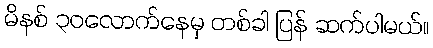
မိနစ် ၃၀လောက်နေမှ တစ်ခါ ပြန် ဆက်ပါမယ်။